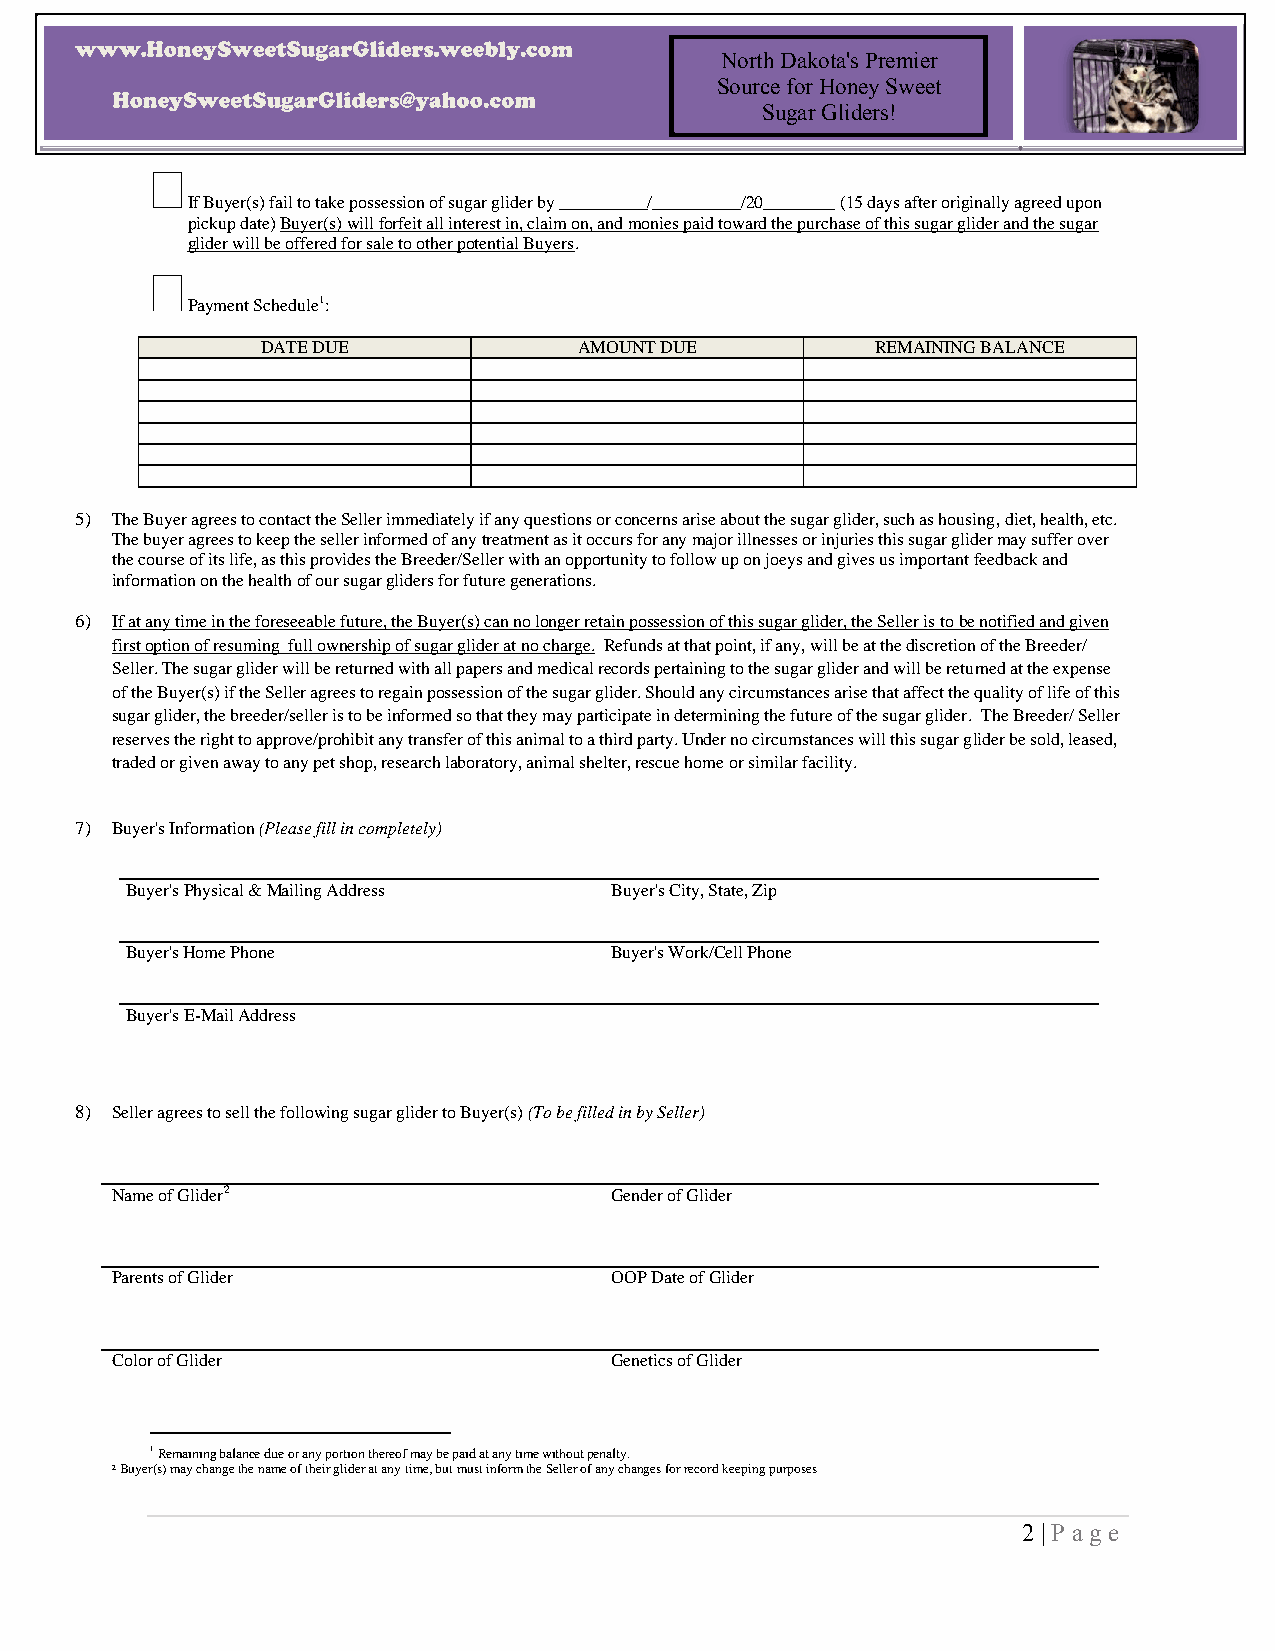
North Dakota's Premier
 Source for Honey Sweet
 Sugar Gliders!
 
 If Buyer(s) fail to take possession of sugar glider by __________/__________/20________ (15 days after originally agreed upon
 pickup date) Buyer(s) will forfeit all interest in, claim on, and monies paid toward the purchase of this sugar glider and the sugar
 glider will be offered for sale to other potential Buyers.
 
 Payment Schedule1:
 DATE DUE             AMOUNT DUE          REMAINING BALANCE
 5) The Buyer agrees to contact the Seller immediately if any questions or concerns arise about the sugar glider, such as housing, diet, health, etc.
 The buyer agrees to keep the seller informed of any treatment as it occurs for any major illnesses or injuries this sugar glider may suffer over
 the course of its life, as this provides the Breeder/Seller with an opportunity to follow up on joeys and gives us important feedback and
 information on the health of our sugar gliders for future generations.
 6) If at any time in the foreseeable future, the Buyer(s) can no longer retain possession of this sugar glider, the Seller is to be notified and given
 first option of resuming full ownership of sugar glider at no charge. Refunds at that point, if any, will be at the discretion of the Breeder/
 Seller. The sugar glider will be returned with all papers and medical records pertaining to the sugar glider and will be returned at the expense
 of the Buyer(s) if the Seller agrees to regain possession of the sugar glider. Should any circumstances arise that affect the quality of life of this
 sugar glider, the breeder/seller is to be informed so that they may participate in determining the future of the sugar glider. The Breeder/ Seller
 reserves the right to approve/prohibit any transfer of this animal to a third party. Under no circumstances will this sugar glider be sold, leased,
 traded or given away to any pet shop, research laboratory, animal shelter, rescue home or similar facility.
 7) Buyer's Information (Please fill in completely)
 Buyer's Physical & Mailing Address Buyer's City, State, Zip
 Buyer's Home Phone              Buyer's Work/Cell Phone
 Buyer's E-Mail Address
 8) Seller agrees to sell the following sugar glider to Buyer(s) (To be filled in by Seller)
 Name of Glider2                  Gender of Glider
 Parents of Glider                OOP Date of Glider
 Color of Glider                  Genetics of Glider
 1 Remaining balance due or any portion thereof may be paid at any time without penalty.
 2 Buyer(s) may change the name of their glider at any time, but must inform the Seller of any changes for record keeping purposes
 2 | P a ge